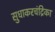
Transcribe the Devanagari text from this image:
सुधाकरचंद्रिका